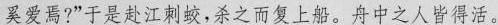
奚爱焉?”于是赴江刺蛟，杀之而复上船。舟中之人皆得活。